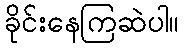
ခိုင်းနေကြဆဲပါ။